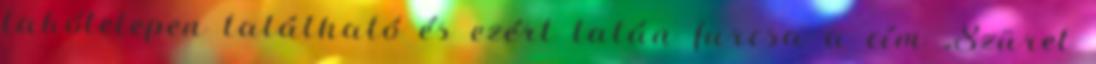
lakótelepen található és ezért talán furcsa a cím „Szüret